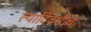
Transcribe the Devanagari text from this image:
त्यादिवशीचे